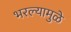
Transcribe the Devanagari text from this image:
भरल्यामुळे